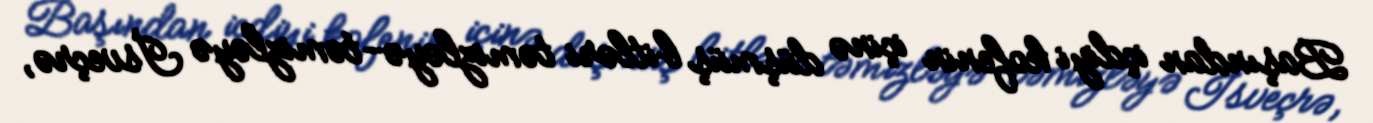
Başından içdiyi kofenin içinə düşmüş bitləri təmizləyə-təmizləyə İsveçrə,